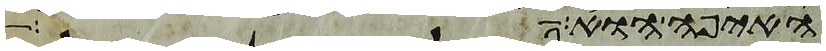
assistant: האיפה הוא